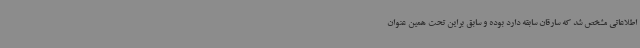
اطلاعاتی مشخص شد که سارقان سابقه دارد بوده و سابق براین تحت همین عنوان